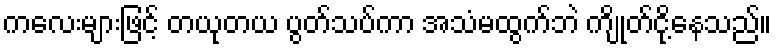
ကလေးများဖြင့် တယုတယ ပွတ်သပ်ကာ အသံမထွက်ဘဲ ကျိုတ်ငို့နေသည်။